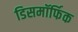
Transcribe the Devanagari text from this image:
डिसमॉर्फिक